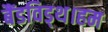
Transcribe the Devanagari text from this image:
बैंडविड्थ।हम